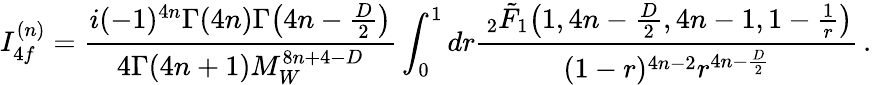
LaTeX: I_{4f}^{(n)}=\frac{i(-1)^{4n}\Gamma(4n)\Gamma\big(4n-\frac{D}{2}\big)}{4\Gamma(4n+1)M_{W}^{8n+4-D}}\int_{0}^{1}dr\frac{\, _{2}\tilde{F}_{1}\big(1,4n-\frac{D}{2},4n-1,1-\frac{1}{r}\big)}{(1-r)^{4n-2}r^{4n-\frac{D}{2}}}\, .